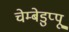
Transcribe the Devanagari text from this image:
चेम्बेडुप्पू